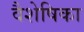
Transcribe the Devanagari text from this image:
वैशेषिका